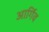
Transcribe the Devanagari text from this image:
आर्गिव